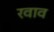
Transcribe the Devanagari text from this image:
रवाव